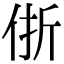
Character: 㑜